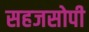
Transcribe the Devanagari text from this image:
सहजसोपी